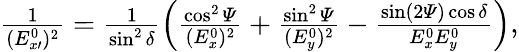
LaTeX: \begin{array}{r}{\frac{1}{(E_{x\prime}^{0})^{2}}=\frac{1}{\sin^{2}\delta}\left(\frac{\cos^{2}{\mathit\Psi}}{(E_{x}^{0})^{2}}+\frac{\sin^{2}{\mathit\Psi}}{(E_{y}^{0})^{2}}-\frac{\sin(2{\mathit\Psi})\cos\delta}{E_{x}^{0}E_{y}^{0}}\right),}\end{array}